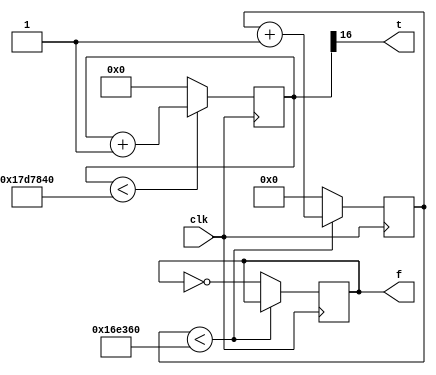
`timescale 1ns / 1ps

module divisortec(clk,t,f);
input clk;
output t;
output reg f;


reg [24:0] cont;
reg [20:0] cont3;

initial begin
cont3<=0;
cont<=0;
f<=0;
end

assign t=cont[16];


always @(posedge clk)begin
	if (cont<25'd25000000)
		cont<=cont+1;
	else 
		cont<=0;
	
	if(cont3<21'd1500000)
		cont3<=cont3+1;
	else begin
		cont3<=0;
		f<=~f;
	end
end	
 
endmodule